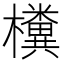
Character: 𣠂